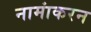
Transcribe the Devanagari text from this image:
नामांकरन